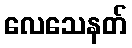
လေသေနတ်